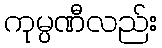
ကုမ္ပဏီလည်း